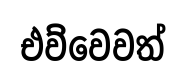
එව්වෙවත්